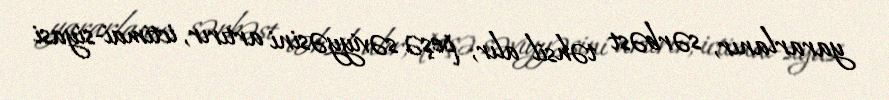
yararlanır, sərbəst təhsil alır, peşə səviyyəsini artırır, ictimai-siyasi